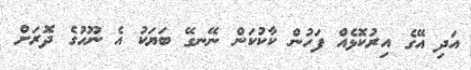
އަދި އޭގެ އިރުކޮޅެއް ފަހުން ކާކުކަން ނޭނގޭ ބަޔަކު އެ ނޫހުގެ ދޮރަށް